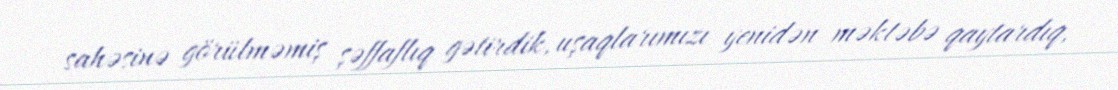
sahəsinə görülməmiş şəffaflıq gətirdik, uşaqlarımızı yenidən məktəbə qaytardıq,